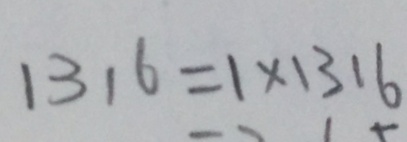
1 3 1 6 = 1 \times 1 3 1 6